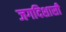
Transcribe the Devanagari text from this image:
जगदिशासी